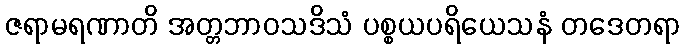
ဇရာမရဏာတိ အတ္တဘာဝသဒိသံ ပစ္စယပရိယေသနံ တဒေတရာ